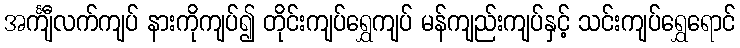
အင်္ကျီလက်ကျပ် နားကိုကျပ်၍ တိုင်းကျပ်ရွှေကျပ် မန်ကျည်းကျပ်နှင့် သင်းကျပ်ရွှေရောင်